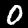
Label: 0